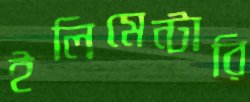
ইলিমেন্টারি